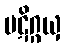
ပဋိဂ္ဂယှ